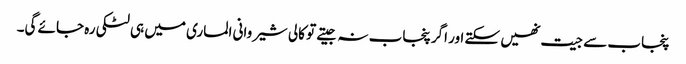
پنجاب سے جیت نھیں سکتے اور اگر پنجاب نہ جیتے تو کالی شیروانی الماری میں ہی لٹکی رہ جائے گی۔